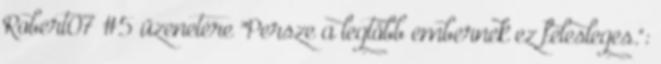
Robert07 #5 üzenetére "Persze a legtöbb embernek ez felesleges.":